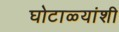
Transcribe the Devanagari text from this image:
घोटाळ्यांशी